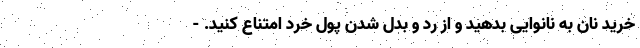
خرید نان به نانوایی بدهید و از رد و بدل شدن پول خرد امتناع کنید. -